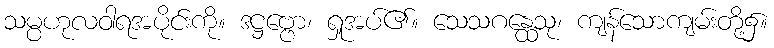
သမ္ပဟုလဝါရအပိုင်းကို။ ဒဋ္ဌဗ္ဗော၊ ရှုအပ်၏။ သေသဂန္ထေသု၊ ကျန်သောကျမ်းတို့၌။